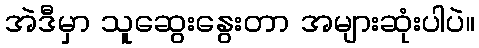
အဲဒီမှာ သူဆွေးနွေးတာ အများဆုံးပါပဲ။